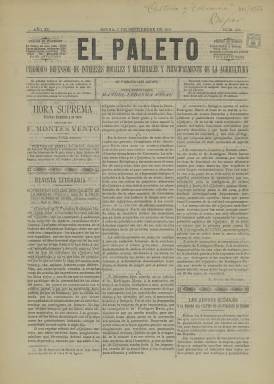
Título: El Paleto (Osuna)
Colección: Periódicos
Ámbito geográfico: Sevilla
Lugar de publicación: Osuna [Sevilla]
Fechas: 07/09/1911-07/09/1911

Nacido en 1902 y cesado en 1936, coincidiendo con el inicio de la Guerra Civil, este periódico es el más longevo de la historia de la localidad sevillana de Osuna, municipio que tenía al principio del siglo XX unos 17.000 habitantes y había contado el siglo anterior y contaba entonces con varias publicaciones periódicas. Tras la restauración de la democracia en 1977 se empezó a publicar una segunda época de El Paleto.

   Su título, que da una idea de rústico, hace alusión al interés del periódico por los asuntos rurales, dada la importancia de la agricultura para la población, que cuenta con una universidad fundada en el siglo XVI. Su subtítulo precisamente es el de ‘Periódico defensor de intereses morales y materiales y principalmente de agricultura’.

  El Paleto empezó a publicarse semanalmente para pasar más tarde a editarse cada diez días. Constaba de cuatro páginas y su contenido no se limitaba a los asuntos locales y provinciales, sino que incluía también información nacional e internacional, aunque normalmente siempre con temas relacionados con el mundo agrario o de la economía en general.

  La portada del periódico solía acoger artículos de fondo. En la segunda y tercera página había una sección recreativa, otra dedicada a la información municipal y otra de conocimientos útiles, entre otras. La cuarta y última página estaba dedicada a la publicidad.

 Con un ideario abierto, el periódico supo navegar entre los distintos regímenes políticos y gobiernos que se sucedieron (Monarquía con gobiernos liberales y conservadores, dictadura del general Primo de Rivera y República). Su promotor y director, Manuel Ledesma Vidal, muy crítico con el Gobierno municipal, llegó a sufrir un atentado por criticar el mal estado de los alimentos en la plaza de abastos. El 1 de octubre de 1916 El Paleto contará en su portada cómo un funcionario disparó a Ledesma, quien afortunadamente salió ileso.

   La Biblioteca Nacional de España solo posee un número de este periódico, el correspondiente al 7 de septiembre de 1911. En este número se ve claramente como la información agraria es predominante. Hay en la última página un curioso anuncio sobre unos polvos que ayudan a curar la pasión por la bebida. Se acompaña de un dramático grabado con la leyenda: ‘No beba más, este vicio no es más que nuestra ruina’.

  Más información sobre este periódico y otros de Osuna se puede encontrar en el artículo accesible en abierto ‘El Paleto (1902.1936), estudio de un caso de prensa local en la ciudad de Osuna’, publicado en la Revista Internacional de Historia de la Comunicación por María Jesús Moscoso Camúñez, de la Universidad de Sevilla.

[Descripción publicada el 7/09/2023]